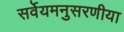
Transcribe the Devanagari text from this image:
सर्वेयमनुसरणीया